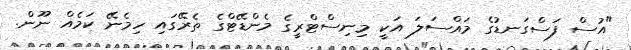
"އުސް ފަސްގަނޑުގެ މައްސަލަ އަކީ މިނިސްޓްރީގެ މެންޑޭޓްގެ ތެރޭގައި ހިމެނޭ ކަމެއް ނޫން.